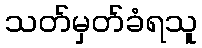
သတ်မှတ်ခံရသူ